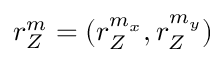
r _ { Z } ^ { m } = ( r _ { Z } ^ { m _ { x } } , r _ { Z } ^ { m _ { y } } )